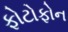
ફોટોફોન